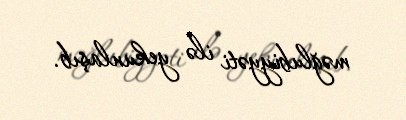
məğlubiyyəti ilə yekunlaşıb.